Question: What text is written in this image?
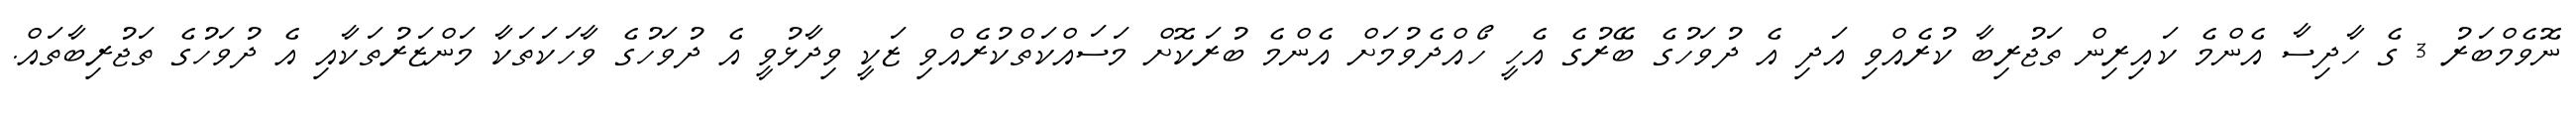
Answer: ނޮވެމްބަރު 3 ގެ ހާދިސާ އެންމެ ކައިރިން ތަޖުރިބާ ކުރެއްވި އަދި އެ ދުވަހުގެ ބޭރުގެ އެހީ ހޯއްދެވުމަށް އެންމެ ބުރަކޮށް މަސައްކަތްކުރެއްވި ޒަކީ ވިދާޅުވީ އެ ދުވަހުގެ ވާހަކަތަކާ މަންޒަރުތަކާއި އެ ދުވަހުގެ ތަޖުރިބާތައް.